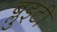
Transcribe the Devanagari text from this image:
ब्लुइटी